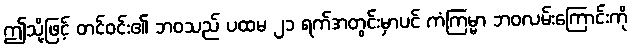
ဤသို့ဖြင့် တင်ဝင်း၏ ဘဝသည် ပထမ ၂၁ ရက်အတွင်းမှာပင် ကံကြမ္မာ ဘဝလမ်းကြောင်းကို